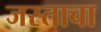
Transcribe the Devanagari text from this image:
जस्ताचा